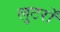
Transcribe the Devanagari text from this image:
लुटर्रों